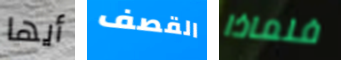
أيها القصف فلماذا